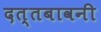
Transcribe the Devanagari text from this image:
दत्तबावनी